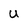
Character: U